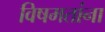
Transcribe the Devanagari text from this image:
विषमतांना